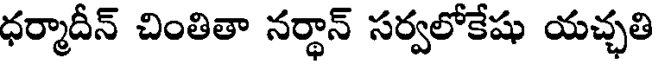
ధర్మాదీన్ చింతితా నర్థాన్ సర్వలోకేషు యచ్ఛతి